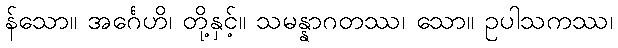
န်သော။ အင်္ဂေဟိ၊ တို့နှင့်။ သမန္နာဂတဿ၊ သော။ ဥပါသကဿ၊